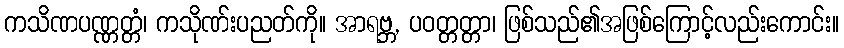
ကသိဏပဏ္ဏတ္တံ၊ ကသိုဏ်းပညတ်ကို။ အာရဗ္ဘ, ပဝတ္တတ္တာ၊ ဖြစ်သည်၏အဖြစ်ကြောင့်လည်းကောင်း။